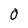
Character: 0